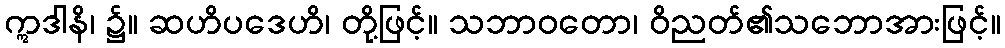
ဣဒါနိ၊ ၌။ ဆဟိပဒေဟိ၊ တို့ဖြင့်။ သဘာဝတော၊ ဝိညတ်၏သဘောအားဖြင့်။